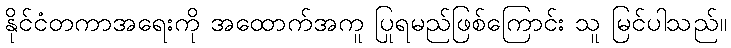
နိုင်ငံတကာအရေးကို အထောက်အကူ ပြုရမည်ဖြစ်ကြောင်း သူ မြင်ပါသည်။